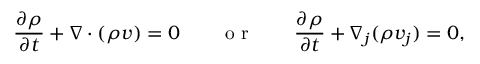
\frac { \partial \rho } { \partial t } + \boldsymbol { \nabla } \cdot ( \rho \boldsymbol { v } ) = 0 \qquad \textnormal { o r } \qquad \frac { \partial \rho } { \partial t } + \nabla _ { j } ( \rho v _ { j } ) = 0 ,